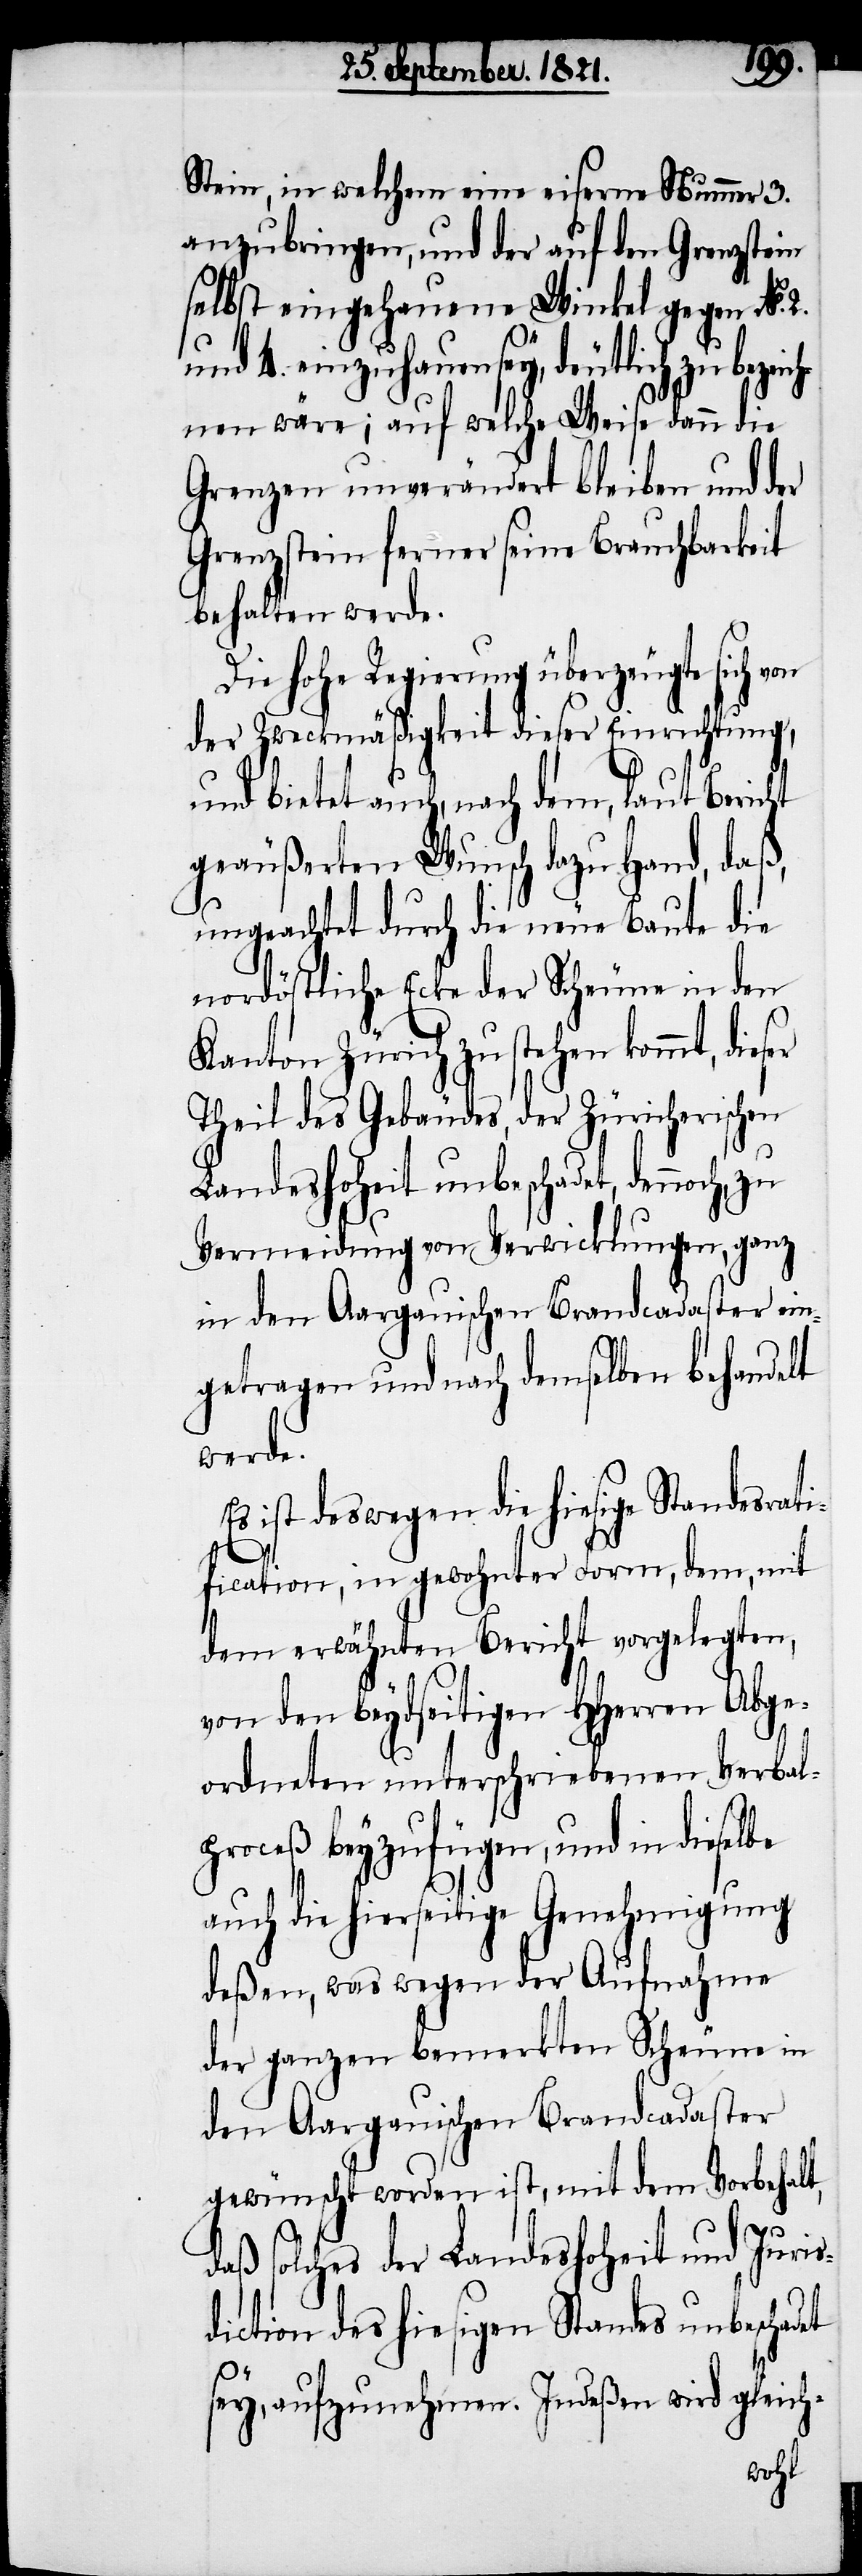
Stein, in welchem eine eiserne Nummer 3.
anzubringen, und der auf den Grenzstein
selbst eingehauene Winkel gegen No.
und bietet auch, nach dem, laut
nen wäre; auf welche Weise dann die
Grenze unverändert bleiben und der
Grenzstein ferner seine Brauchbarkeit
behalten werde.
Die hohe Regierung überzeugte sich von
der Zweckmäßigkeit dieser Einrichtung,
geäußerten Wunsch dazu Hand, daß,
ungeachtet durch die neue Baute die
nordöstliche Ecke der Scheune in den
Kanton Zürich zu stehen kommt, dies¬
Theil des Gebäudes, der Zürcherischen
Landeshoheit unbeschadet, dennoch,
Vermeidung von Verwicklungen, ganz
in den Aargauischen Brandcadaster ein¬
getragen und nach demselben behandelt
werde.
ist deswegen die hiesige Standesrat¬
ification, in gewohnter Form, dem, mit
dem erwähnten Bericht vorgelegten,
von den beydseitigen HHerren Abge¬
er
ordneten unterschriebenen Verbal¬
proceß beyzufügen, und in dieselbe
auch die hierseitige Genehmigung
deßen, was wegen der Aufnahme
der ganzen bemerkten Scheune in
den Aargauischen Brandcadaster
gewünscht worden ist, mit dem Vorbehalt,
daß solches der Landeshoheit und Juris¬
diction des hiesigen Standes unbeschadet
sey, aufzunehmen. Indeßen wird gleich-